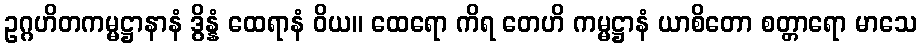
ဥဂ္ဂဟိတကမ္မဋ္ဌာနာနံ ဒွိန္နံ ထေရာနံ ဝိယ။ ထေရော ကိရ တေဟိ ကမ္မဋ္ဌာနံ ယာစိတော စတ္တာရော မာသေ